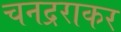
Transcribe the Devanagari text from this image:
चनद्रराकर